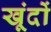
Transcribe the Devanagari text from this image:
खूंदों